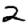
Digit: 2